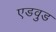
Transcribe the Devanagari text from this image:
एडवुड